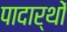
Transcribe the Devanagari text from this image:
पादार्थों